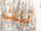
تلك